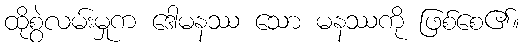
ထိုစွဲလမ်းမှုက ဒေါမနဿ သော မနဿကို ဖြစ်စေ၏။